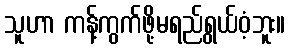
သူဟာ ကန့်ကွက်ဖို့မရည်ရွယ်ဝံ့ဘူး။